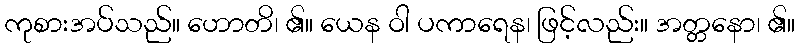
ကုစားအပ်သည်။ ဟောတိ၊ ၏။ ယေန ဝါ ပကာရေန၊ ဖြင့်လည်း။ အတ္တနော၊ ၏။